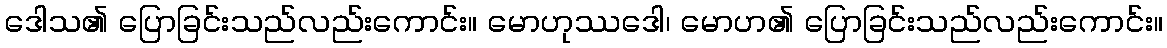
ဒေါသ၏ ပြောခြင်းသည်လည်းကောင်း။ မောဟုဿဒေါ၊ မောဟ၏ ပြောခြင်းသည်လည်းကောင်း။